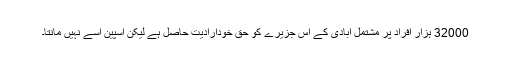
32000 ہزار افراد پر مشتمل آبادی کے اس جزیرے کو حق خودارادیت حاصل ہے لیکن اسپین اسے نہیں مانتا۔